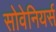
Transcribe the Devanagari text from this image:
सोवेनियर्स